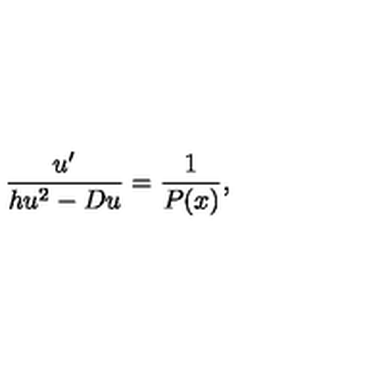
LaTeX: \frac { u ^ { \prime } } { h u ^ { 2 } - D u } = \frac { 1 } { P ( x ) } ,